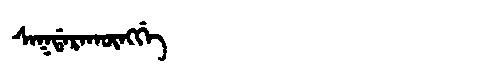
Manchu: ᠰᠠᡴᡩᠠᡵᠠᡴᡡᠩᡤᡝ
Romanization: SAKDARAKŪNGGE